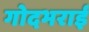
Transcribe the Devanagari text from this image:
गोदभराई